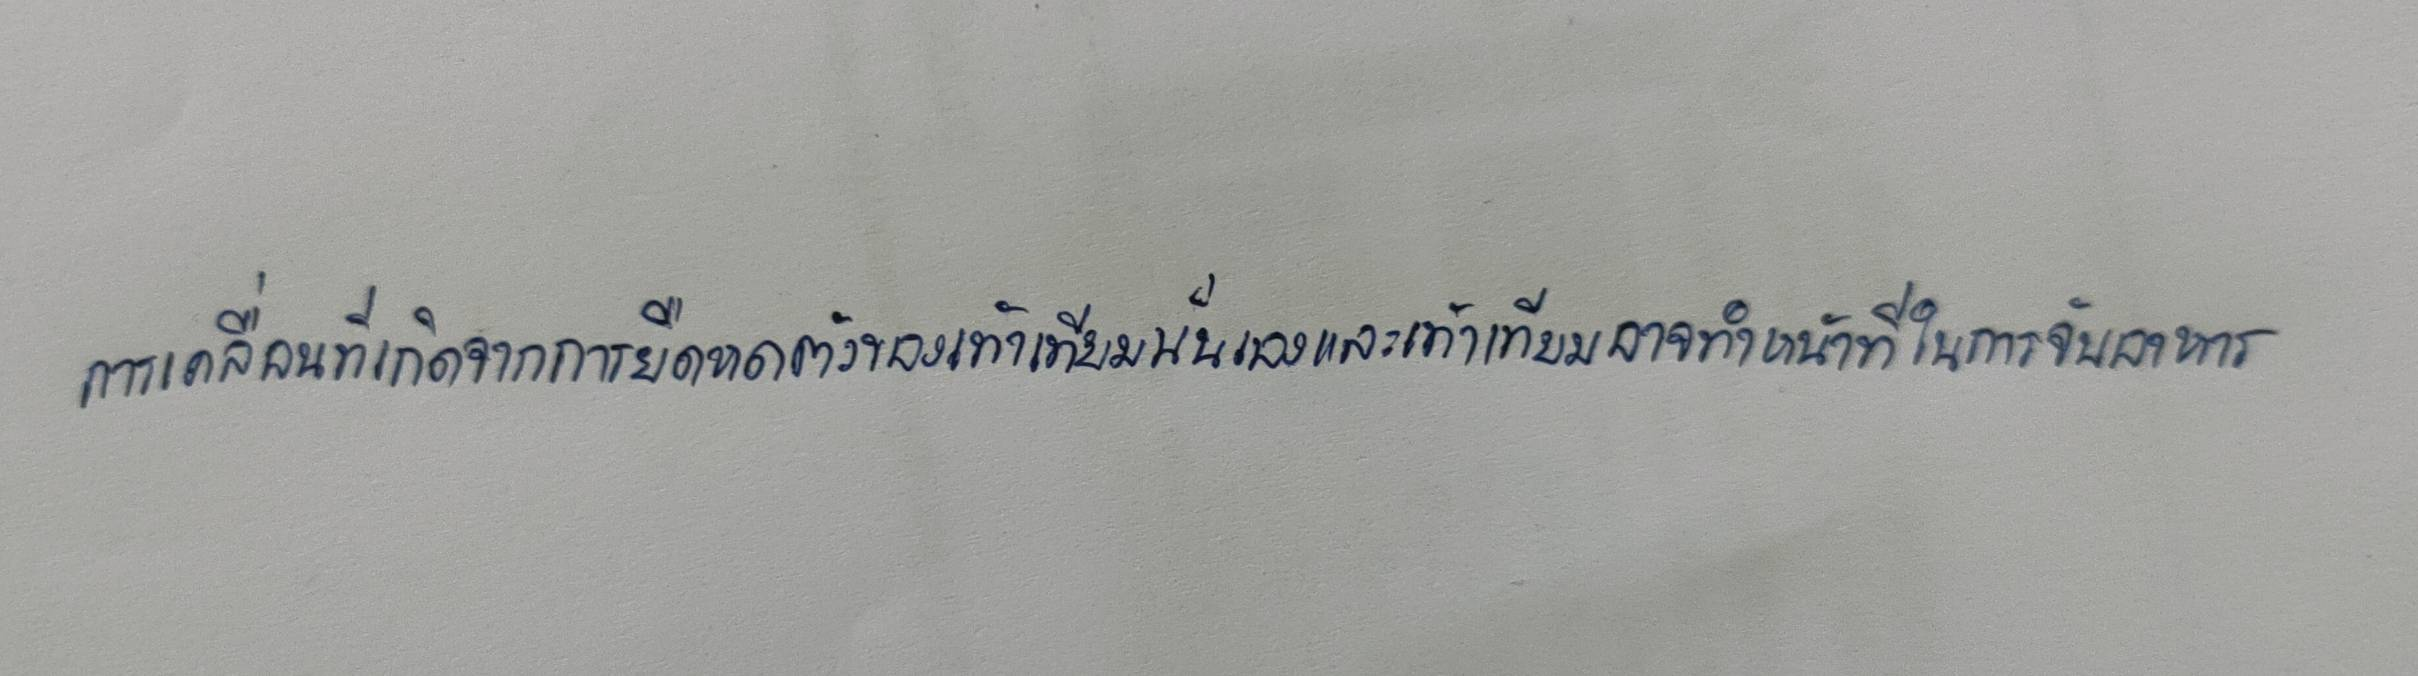
การเคลื่อนที่เกิดจากการยืดหดตัวของเท้าเทียมนั่นเองและเท้าเทียมอาจทำหน้าที่ในการจับอาหาร